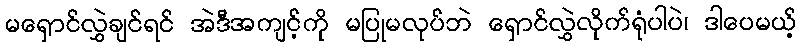
မရှောင်လွှဲချင်ရင် အဲဒီအကျင့်ကို မပြုမလုပ်ဘဲ ရှောင်လွှဲလိုက်ရုံပါပဲ၊ ဒါပေမယ့်